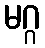
မဂ္ဂ